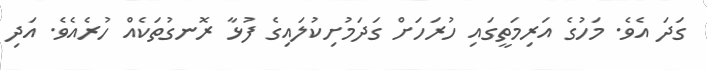
ގަދަ އެވެ. މަހުގެ އަރިމަތީގައި ހުރަހަށް ގަދަމުށިކުލައިގެ ފުޅާ ރޮނގުތަކެއް ހުރެއެވެ. އަދި